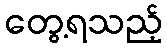
တွေ့ရသည့်